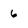
Character: 6